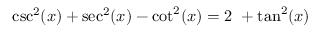
\csc ^ { 2 } ( x ) + \sec ^ { 2 } ( x ) - \cot ^ { 2 } ( x ) = 2 \ + \tan ^ { 2 } ( x )